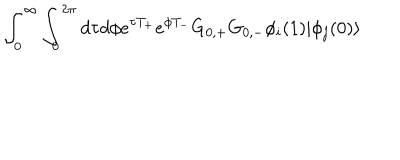
LaTeX: \int _ { 0 } ^ { \infty } \int _ { 0 } ^ { 2 \pi } d \tau d \phi e ^ { \tau T _ { + } } e ^ { \phi T _ { - } } G _ { 0 , + } G _ { 0 , - } \phi _ { i } ( 1 ) | \phi _ { j } ( 0 ) \rangle